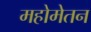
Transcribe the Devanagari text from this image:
महोमेतन